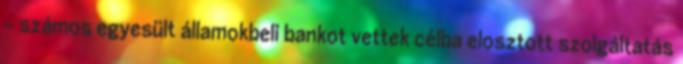
- számos egyesült államokbeli bankot vettek célba elosztott szolgáltatás